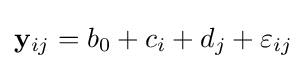
\mathbf {y} _{ij}=b_{0}+c_{i}+d_{j}+\varepsilon _{ij}